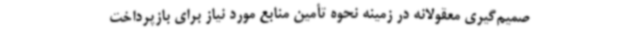
صمیم‌گیری معقولانه در زمینه نحوه تأمین منابع مورد نیاز برای بازپرداخت